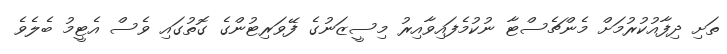
ތަށި ދިފާއުކުރުމަށް މެންޗެސްޓާ ނުކުމެފައިވާއިރު މިސީޒަނުގެ ފޭވަރިޓުންގެ ގޮތުގައި ވެސް އެޓީމު ބެލެވެ